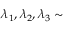
\lambda _ { 1 } , \lambda _ { 2 } , \lambda _ { 3 } \sim